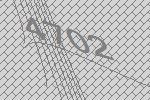
4702